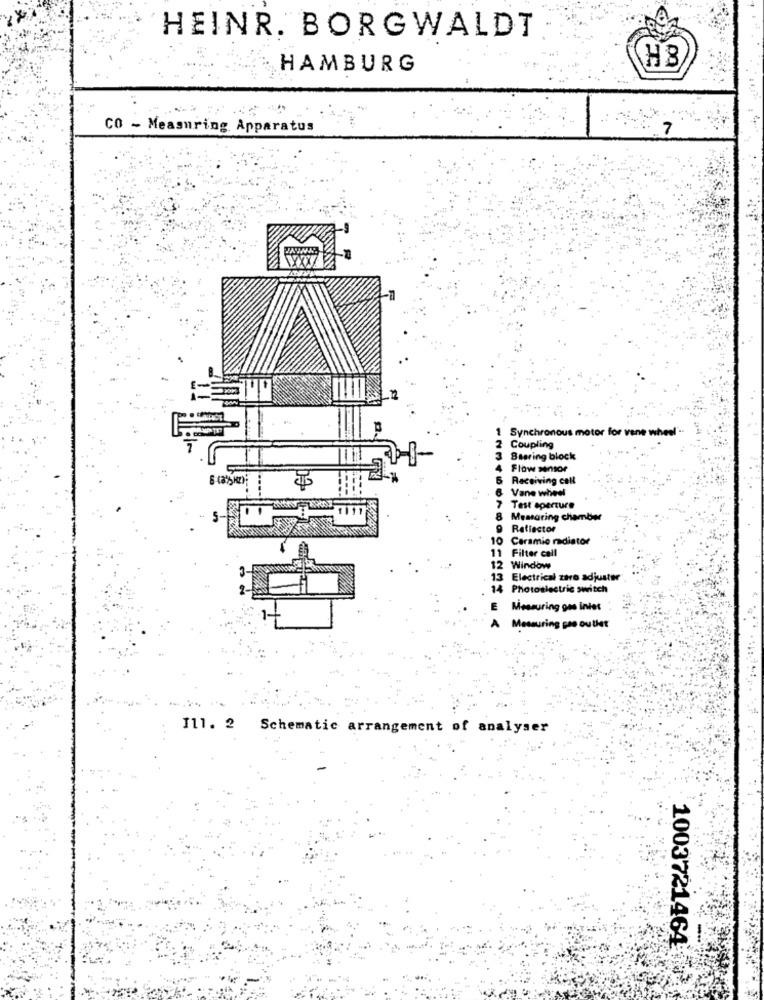
HEINR. BORGWALDT
H8
HAMBURG
CO - Measuring Apparatus
7
Synchronous motor for vane wheel"
2 Coupling
3 Staring block
Flow smsor
5 Receiving call
6 Vane wheel
7 Test aperture
8 Mestaring chamber
9 Ratiactor
10
Ceramic radiator
11 Filter call
12 Window
13 Electrical zavo adjuster
14 Photoelectric switch
E
Measuring gas intet
A Mesauring pae outlet
Ill. 2 Schematic arrangement of analyser
1003721464